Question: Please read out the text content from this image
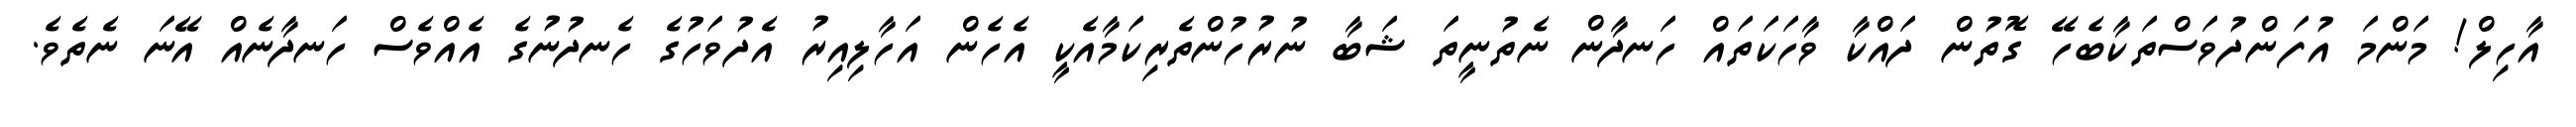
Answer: އާހިލް! މަންމަ އުފަންދުވަސްތަކާބެހޭ ގޮތުން ދައްކާ ވާހަކަތައް ހަނދާން ނެތުނީތަ ޝަބާ ނުރުހުންތެރިކަމާއެކީ އެހެން އަހާލިއިރު އެދުވަހުގެ ހެނދުނުގެ އެއްވެސް ހަނދާނެއް އޭނަ ނެތެވެ.